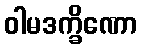
ဝါမဒက္ခိဏော